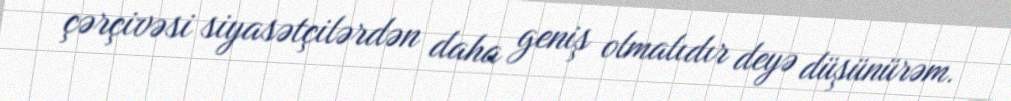
çərçivəsi siyasətçilərdən daha geniş olmalıdır deyə düşünürəm.